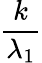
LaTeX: \frac{k}{\lambda_{1}}